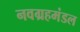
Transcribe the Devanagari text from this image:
नवग्रहमंडल